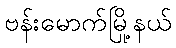
ဗန်းမောက်မြို့နယ်